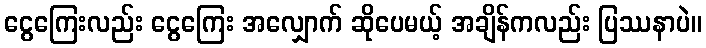
ငွေကြေးလည်း ငွေကြေး အလျှောက် ဆိုပေမယ့် အချိန်ကလည်း ပြဿနာပဲ။